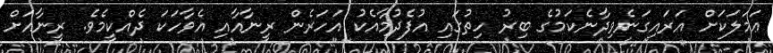
ޢަމަލަކަށް އަރައިގަނެވިދާނެކަމުގެ ބިރު ހިތުގައި އުފެދުމާއެކު އަހަރެން ރީނާއާއި އެވާހަކަ ދެއްކީމެވެ. ރީނާއަށް